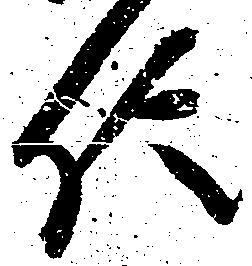
信